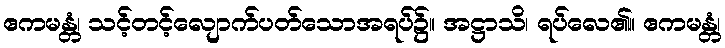
ဧကမန္တံ၊ သင့်တင့်လျောက်ပတ်သောအရပ်၌။ အဋ္ဌာသိ၊ ရပ်လေ၏။ ဧကမန္တံ၊